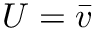
U = \Bar { v }